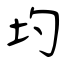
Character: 圴